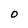
Character: 0